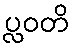
ပ္လဝတိ